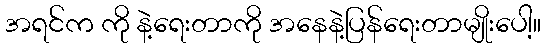
အရင်က ကို နဲ့ရေးတာကို အနေနဲ့ပြန်ရေးတာမျိုးပေါ့။